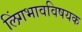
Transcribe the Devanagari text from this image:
लिंगभावविषयक